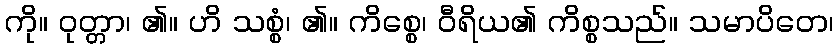
ကို။ ဝုတ္တာ၊ ၏။ ဟိ သစ္စံ၊ ၏။ ကိစ္စေ၊ ဝီရိယ၏ ကိစ္စသည်။ သမာပိတေ၊